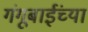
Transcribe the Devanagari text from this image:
गंगूबाईंच्या